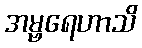
အမ္ဗရေဟာသိ